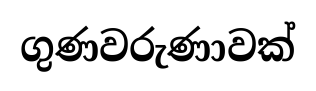
ගුණවරුණාවක්